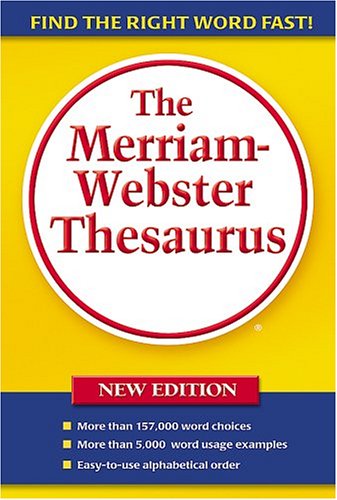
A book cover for The Merriam-Webster Thesaurus; Merriam-Webster; Reference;